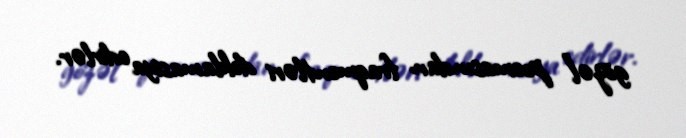
gözəl” poemasından fraqmentləri deklamasiya edirlər.